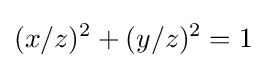
(x/z)^{2}+(y/z)^{2}=1